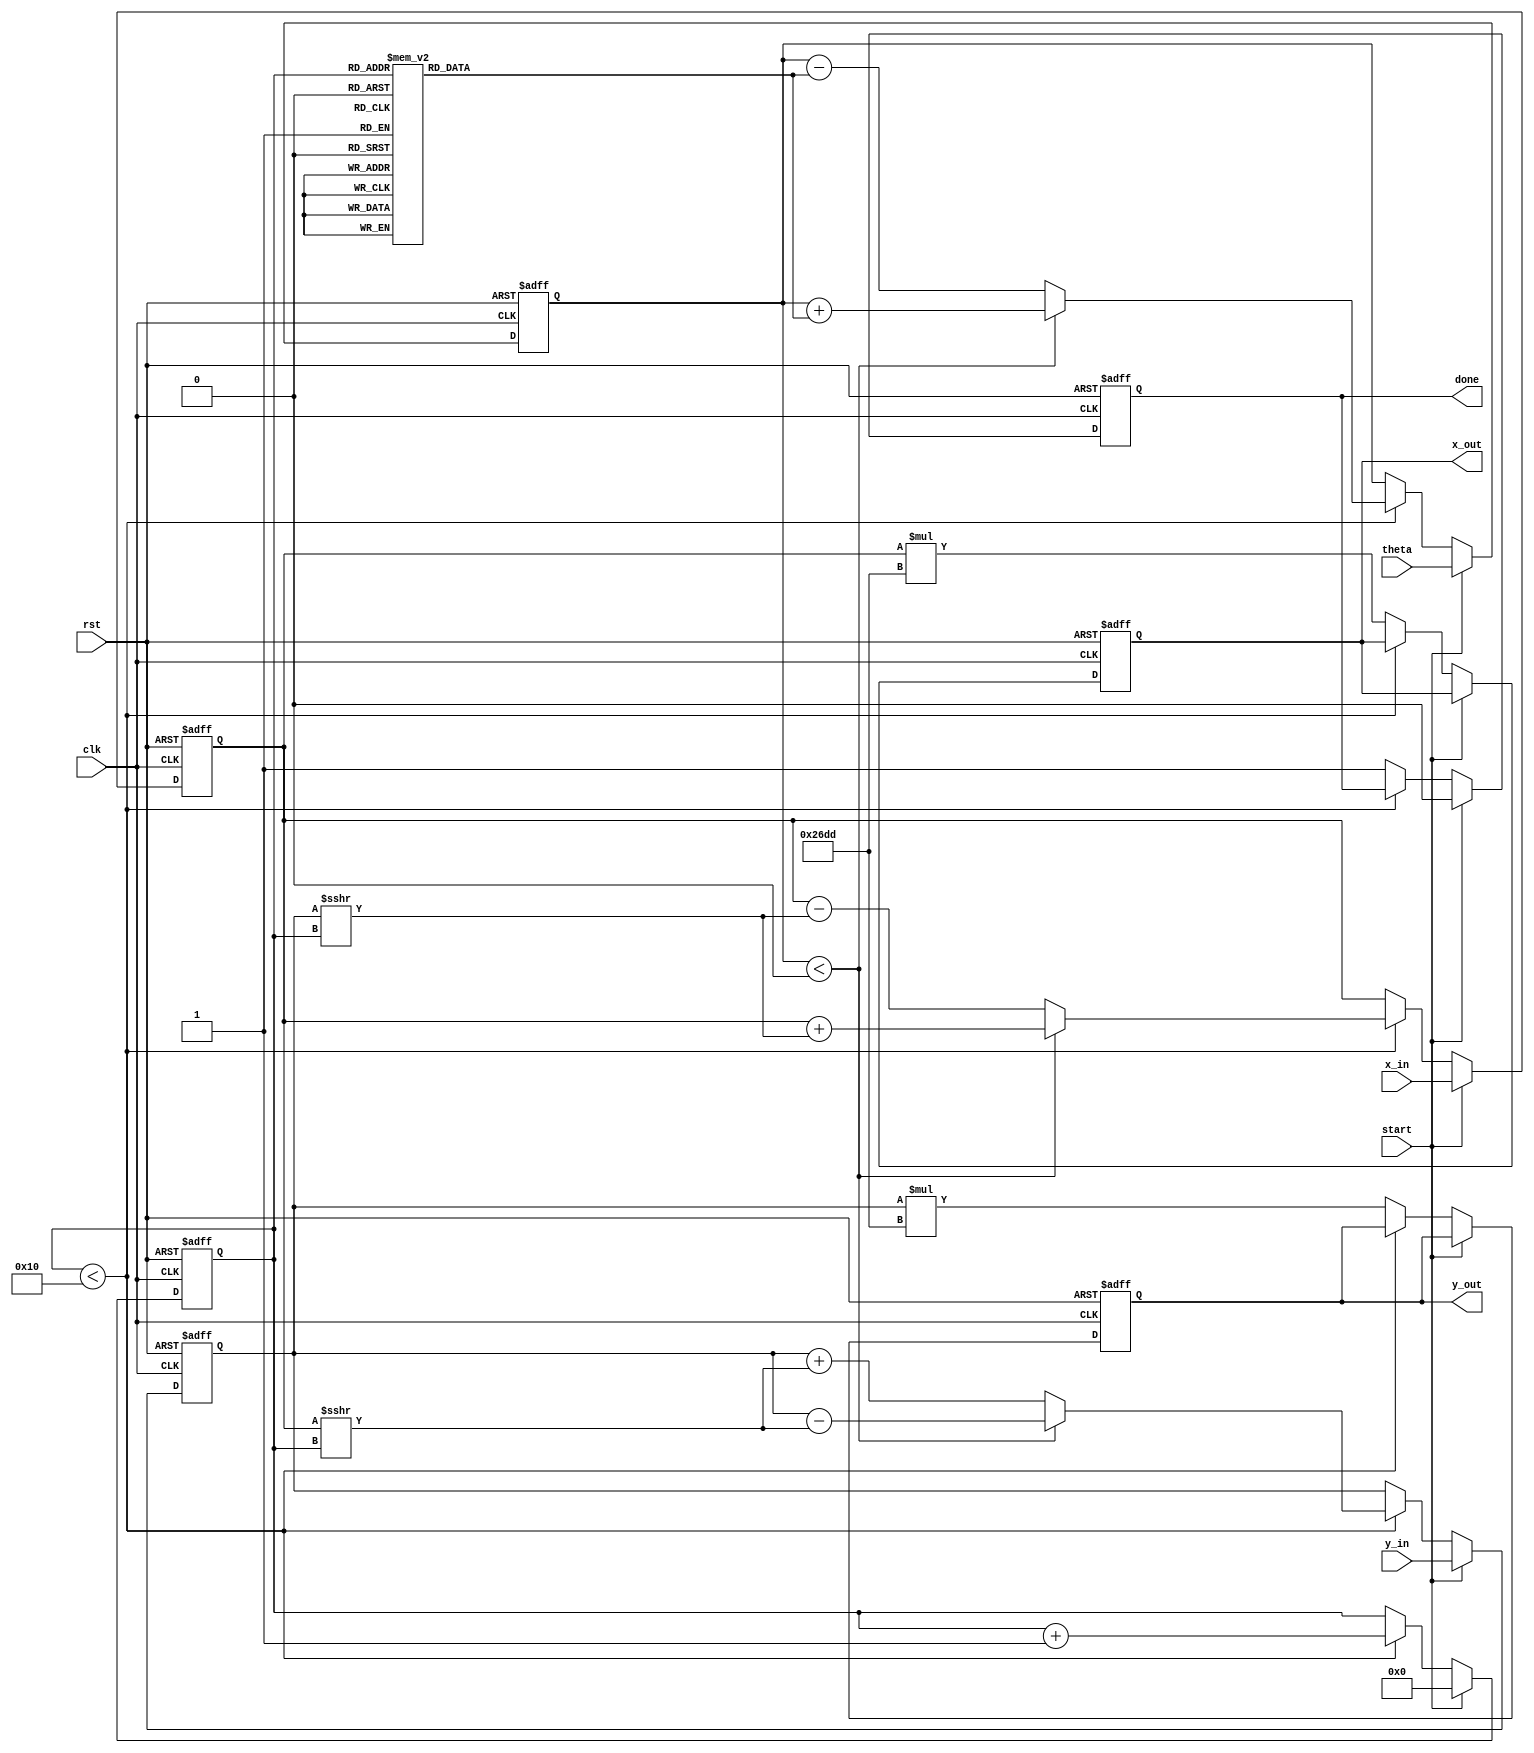
module modified_cordic (
    input wire clk,
    input wire rst,
    input wire start,
    input wire signed [15:0] theta, // Input angle in fixed-point format
    input wire signed [15:0] x_in,   // Initial X vector
    input wire signed [15:0] y_in,   // Initial Y vector
    output reg signed [15:0] x_out,  // Output X vector
    output reg signed [15:0] y_out,  // Output Y vector
    output reg done                 // Done signal
);

    // Parameters
    parameter NUM_ITERATIONS = 16; // Number of iterations
    parameter K = 16'h26DD;         // Scaling factor (K = 1/sqrt(1 + 2^(-2n)))

    // Rotation table (atan values in fixed-point format)
    reg signed [15:0] atan_table [0:NUM_ITERATIONS-1];
    initial begin
        atan_table[0] = 16'h2000; // atan(2^0)
        atan_table[1] = 16'h1000; // atan(2^-1)
        atan_table[2] = 16'h0800; // atan(2^-2)
        atan_table[3] = 16'h0400; // atan(2^-3)
        atan_table[4] = 16'h0200; // atan(2^-4)
        atan_table[5] = 16'h0100; // atan(2^-5)
        atan_table[6] = 16'h0080; // atan(2^-6)
        atan_table[7] = 16'h0040; // atan(2^-7)
        atan_table[8] = 16'h0020; // atan(2^-8)
        atan_table[9] = 16'h0010; // atan(2^-9)
        atan_table[10] = 16'h0008; // atan(2^-10)
        atan_table[11] = 16'h0004; // atan(2^-11)
        atan_table[12] = 16'h0002; // atan(2^-12)
        atan_table[13] = 16'h0001; // atan(2^-13)
        atan_table[14] = 16'h0000; // atan(2^-14)
        atan_table[15] = 16'hFFFF; // atan(2^-15)
    end

    // Internal signals
    reg signed [15:0] x, y;
    reg signed [15:0] z;
    reg [3:0] iteration;
    reg direction;

    // State machine for CORDIC iterations
    always @(posedge clk or posedge rst) begin
        if (rst) begin
            x <= 0;
            y <= 0;
            z <= 0;
            iteration <= 0;
            done <= 0;
            x_out <= 0;
            y_out <= 0;
        end else if (start) begin
            // Initialize inputs
            x <= x_in;
            y <= y_in;
            z <= theta;
            iteration <= 0;
            done <= 0;
        end else if (iteration < NUM_ITERATIONS) begin
            // Determine direction based on z
            if (z < 0) begin
                direction <= 1; // Rotate clockwise
                z <= z + atan_table[iteration]; // Update z
                x <= x + (y >>> iteration); // Update x
                y <= y - (x >>> iteration); // Update y
            end else begin
                direction <= 0; // Rotate counter-clockwise
                z <= z - atan_table[iteration]; // Update z
                x <= x - (y >>> iteration); // Update x
                y <= y + (x >>> iteration); // Update y
            end
            iteration <= iteration + 1; // Increment iteration count
        end else begin
            // Final output after iterations
            x_out <= x * K; // Scale output
            y_out <= y * K; // Scale output
            done <= 1; // Indicate completion
        end
    end
endmodule